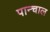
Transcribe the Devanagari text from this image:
पान्चाल